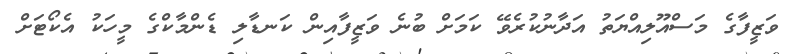
ވަޒީފާގެ މަސްއޫލިއްޔަތު އަދާނުކުރެވޭ ކަމަށް ބުނެ ވަޒީފާއިން ކަނޑާލި ޑެންމާކްގެ މީހަކު އެކޯޓަށް